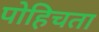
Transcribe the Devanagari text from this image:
पोहिचता